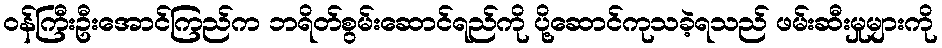
ဝန်ကြီးဦးအောင်ကြည်က ဘရိတ်စွမ်းဆောင်ရည်ကို ပို့ဆောင်ကုသခဲ့ရသည် ဖမ်းဆီးမှုများကို